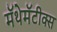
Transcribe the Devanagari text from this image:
मॅथेमॅटीक्स